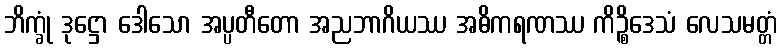
ဘိက္ခုံ ဒုဋ္ဌော ဒေါသော အပ္ပတီတော အညဘာဂိယဿ အဓိကရဏဿ ကိဉ္စိဒေသံ လေသမတ္တံ